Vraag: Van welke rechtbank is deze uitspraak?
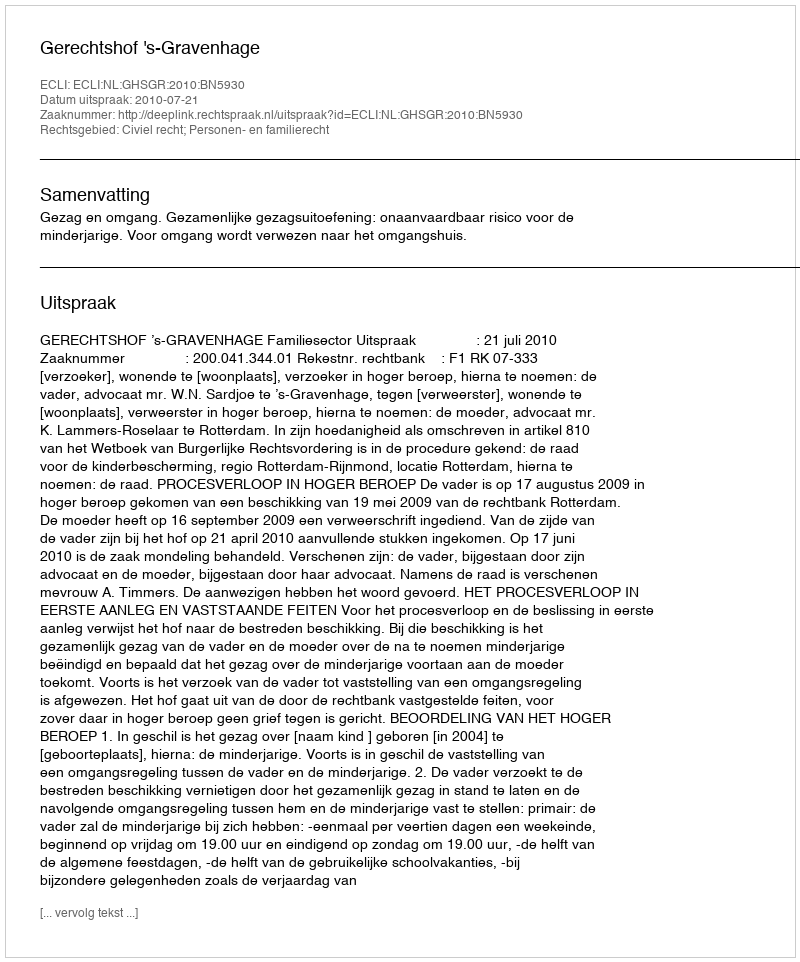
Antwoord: Gerechtshof 's-Gravenhage